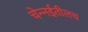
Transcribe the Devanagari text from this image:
चेन्नईतीलच